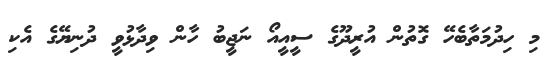
މި ހިދުމަތާބެހޭ ގޮތުން އުރީދޫގެ ސީއީއޯ ނަޖީބު ހާން ވިދާޅުވީ ދުނިޔޭގެ އެކި